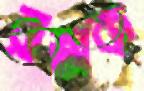
রাজক